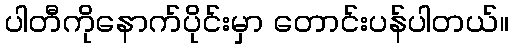
ပါတီကိုနောက်ပိုင်းမှာ တောင်းပန်ပါတယ်။